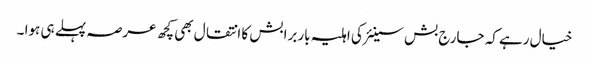
خیال رہے کہ جارج بش سینئر کی اہلیہ باربرا بش کا انتقال بھی کچھ عرصہ پہلے ہی ہوا ۔